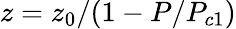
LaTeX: z=z_{0}/(1-P/P_{c1})